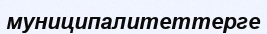
муниципалитеттерге